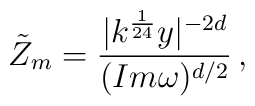
\tilde{Z}_m=\frac{|k^{\frac{1}{24}}y|^{-2d}}{(Im\omega)^{d/2}}\,,